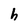
Character: h